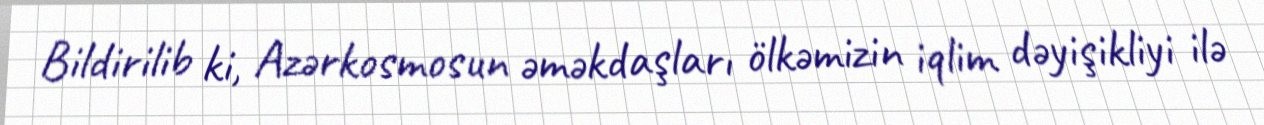
Bildirilib ki, Azərkosmosun əməkdaşları ölkəmizin iqlim dəyişikliyi ilə